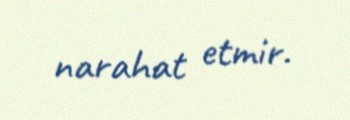
narahat etmir.